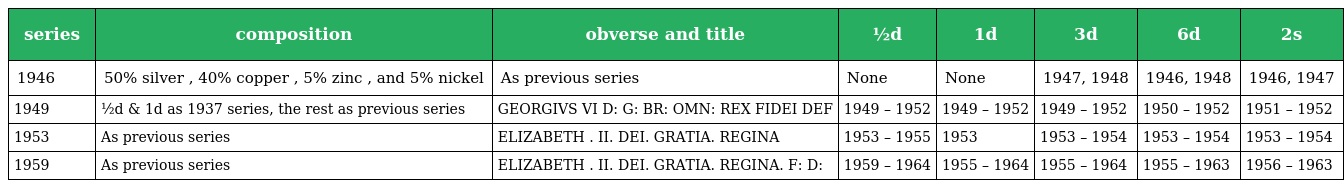
| series | composition | obverse and title | ½d | 1d | 3d | 6d | 2s |
 | --- | --- | --- | --- | --- | --- | --- | --- |
 | 1946 | 50% silver , 40% copper , 5% zinc , and 5% nickel | As previous series | None | None | 1947, 1948 | 1946, 1948 | 1946, 1947 |
 | 1949 | ½d & 1d as 1937 series, the rest as previous series | GEORGIVS VI D: G: BR: OMN: REX FIDEI DEF | 1949 – 1952 | 1949 – 1952 | 1949 – 1952 | 1950 – 1952 | 1951 – 1952 |
 | 1953 | As previous series | ELIZABETH . II. DEI. GRATIA. REGINA | 1953 – 1955 | 1953 | 1953 – 1954 | 1953 – 1954 | 1953 – 1954 |
 | 1959 | As previous series | ELIZABETH . II. DEI. GRATIA. REGINA. F: D: | 1959 – 1964 | 1955 – 1964 | 1955 – 1964 | 1955 – 1963 | 1956 – 1963 |